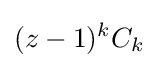
(z-1)^{k}C_{k}